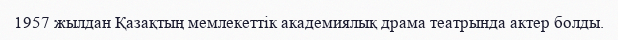
1957 жылдан Қазақтың мемлекеттік академиялық драма театрында актер болды.